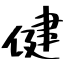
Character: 健